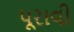
પૂરાવી